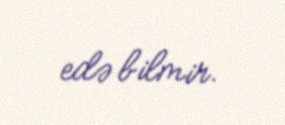
edə bilmir.